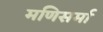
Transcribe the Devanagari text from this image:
मणिसर्मा